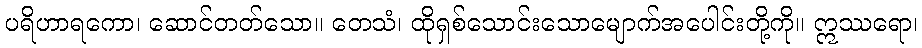
ပရိဟာရကော၊ ဆောင်တတ်သော။ တေသံ၊ ထိုရှစ်သောင်းသောမျောက်အပေါင်းတို့ကို။ ဣဿရော၊